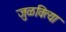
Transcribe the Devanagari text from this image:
जुळवित्या